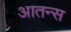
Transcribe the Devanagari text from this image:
आतन्स